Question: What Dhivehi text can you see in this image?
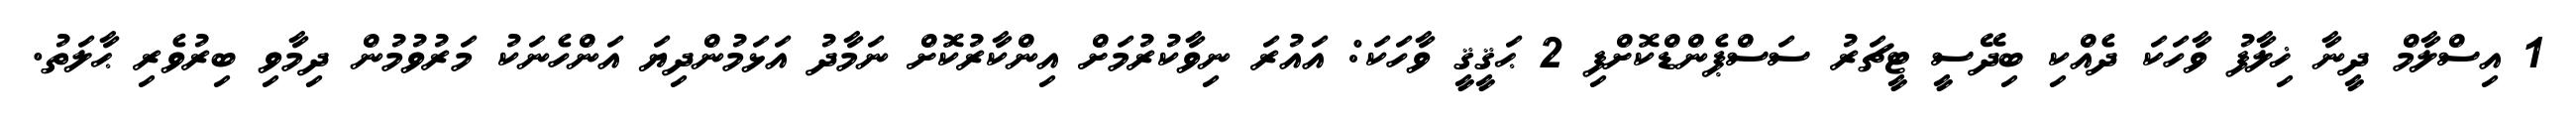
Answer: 1 އިސްލާމް ދީނާ ޚިލާފު ވާހަކަ ދެއްކި ބިދޭސީ ޓީޗަރު ސަސްޕެންޑްކޮށްފި 2 ޙަޤީޤީ ވާހަކަ: އައުރަ ނިވާކުރުމަށް އިންކާރުކޮށް ނަމާދު އަޅަމުންދިޔަ އަންހެނަކު މަރުވުމުން ދިމާވި ބިރުވެރި ޙާލަތު.